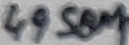
Text: 4958M